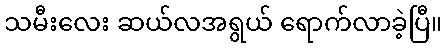
သမီးလေး ဆယ်လအရွယ် ရောက်လာခဲ့ပြီ။